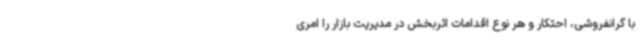
با گرانفروشی، احتکار و هر نوع اقدامات اثربخش در مدیریت بازار را امری